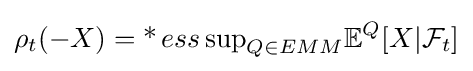
\rho _{t}(-X)=\operatorname {*} {ess\sup }_{Q\in EMM}\mathbb {E} ^{Q}[X|{\mathcal {F}}_{t}]